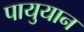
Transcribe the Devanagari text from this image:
पायुयान